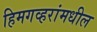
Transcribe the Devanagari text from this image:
हिमगव्हरांमधील